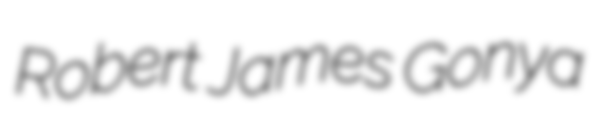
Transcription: Robert James Gonya